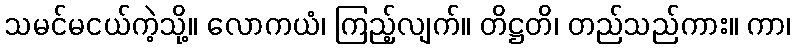
သမင်မငယ်ကဲ့သို့။ လောကယံ၊ ကြည့်လျက်။ တိဋ္ဌတိ၊ တည်သည်ကား။ ကာ၊